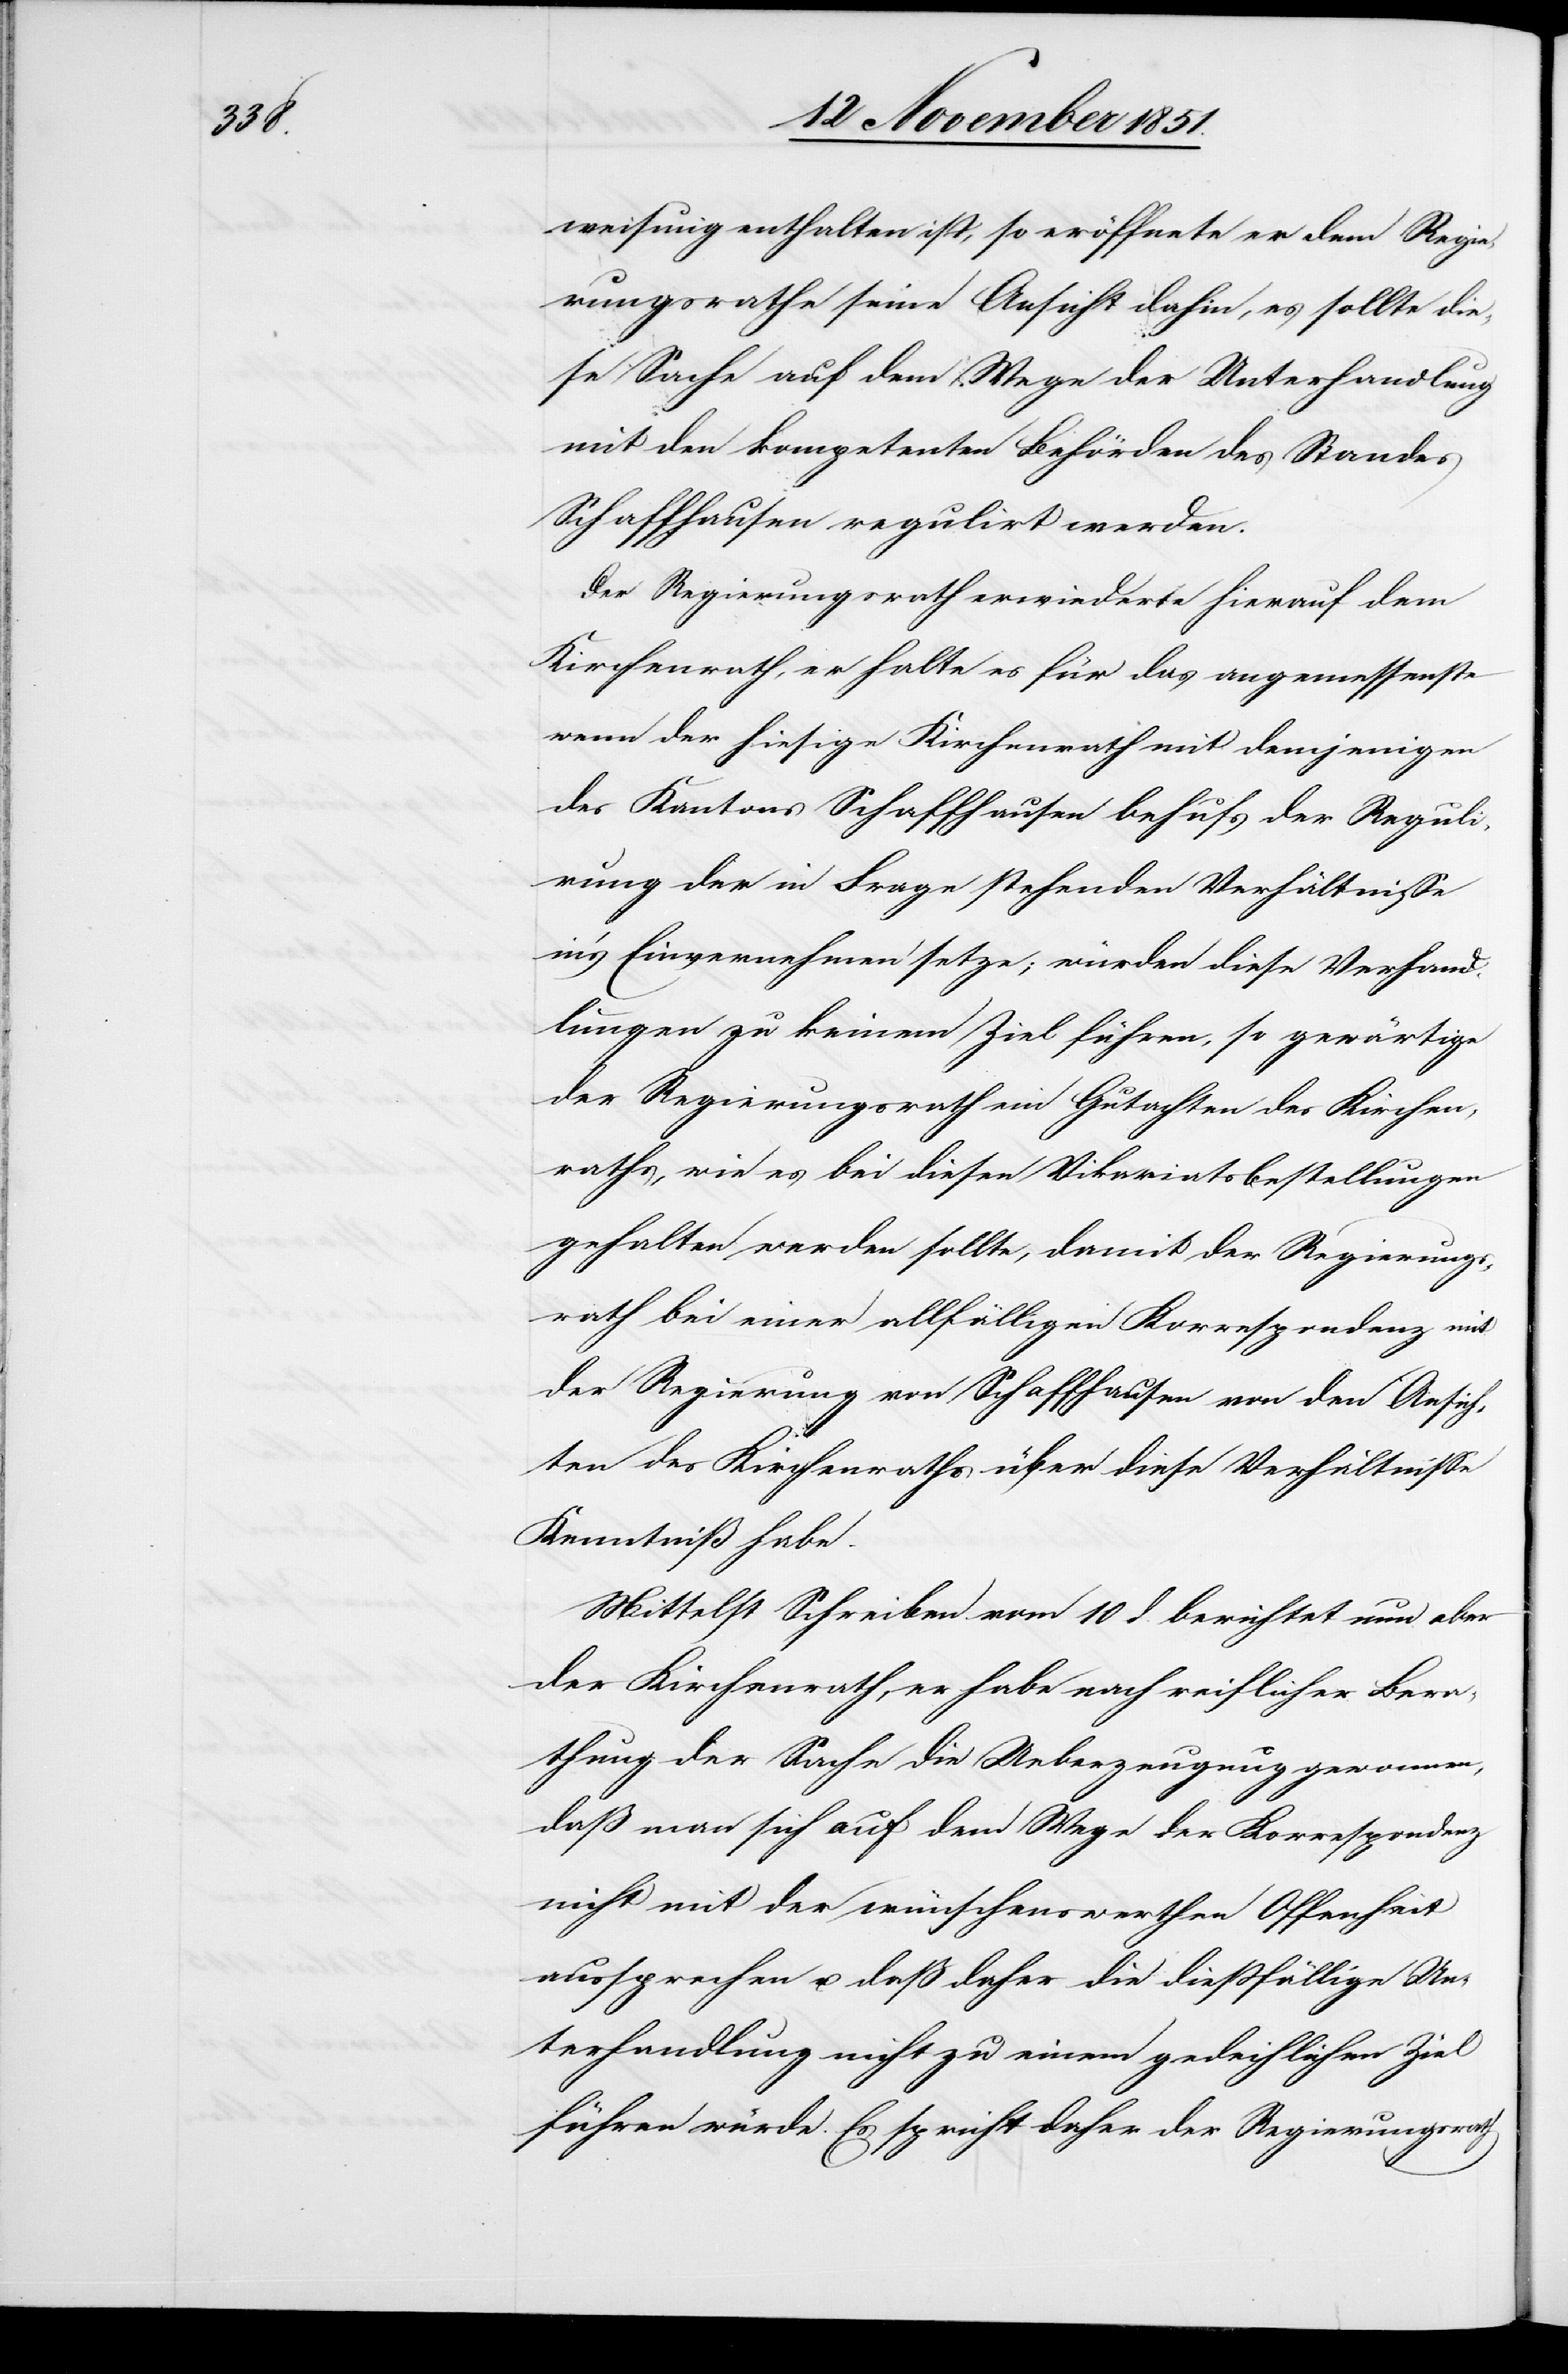
weisung enthalten ist, so eröffnete er dem Regie¬
rungsrathe seine Ansicht dahin, es sollte die¬
se Sache auf dem Wege der Unterhandlung
mit den kompetenten Behörden des Standes
Schaffhausen regulirt werden.
Der Regierungsrath erwiederte hierauf dem
Kirchenrath, er halte es für das angemessenste
wenn der hiesige Kirchenrath mit demjenigen
des Kantons Schaffhausen behufs der Reguli¬
rung der in Frage stehenden Verhältnisse
in’s Einvernehmen setze; würden diese Verhand¬
lungen zu keinem Ziel führen, so gewärtige
der Regierungsrath ein Gutachten des Kirchen¬
raths, wie es bei diesen Vikariatsbestellungen
gehalten werden sollte, damit der Regierungs¬
rath bei einer allfälligen Korrespondenz mit
der Regierung von Schaffhausen von den Ansich¬
ten des Kirchenraths über diese Verhältnisse
Kenntniß habe.
Mittelst Schreiben vom 10 d. berichtet nun aber
der Kirchenrath, er habe nach reiflicher Bera¬
thung der Sache die Ueberzeugung gewonnen,
daß man sich auf dem Wege der Korrespondenz
nicht mit der wünschenswerthen Offenheit
aussprechen u. daß daher die dießfällige Un¬
terhandlung nicht zu einem gedeihlichen Ziel
führen würde. Es spricht daher der Regierungsrath